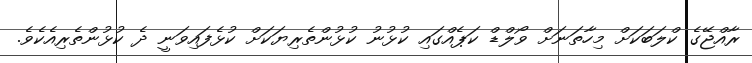
ރާއްޖޭގެ ކްލަބަކަށް މިހާތަނަށް ވޯލްޑް ކަޕެއްގައި ކުޅުނު ކުޅުންތެރިޔަކަށް ކުޅެފައިވަނީ ދެ ކުޅުންތެރިއެކެވެ.